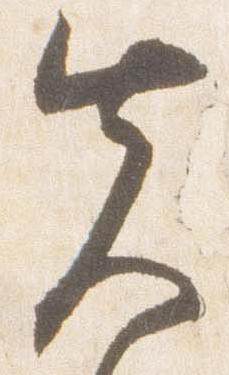
先